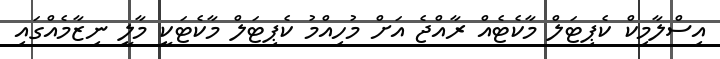
އިސްލާމިކް ކެޕިޓަލް މާކެޓެއް ރާއްޖެ އަށް މުހިއްމު ކެޕިޓަލް މާކެޓަކީ މާލީ ނިޒާމެއްގައި